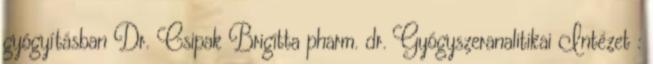
gyógyításban Dr. Csipak Brigitta pharm. dr. Gyógyszeranalitikai Intézet :